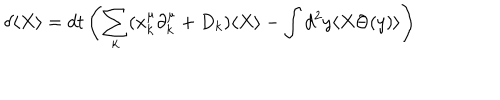
\delta \langle X \rangle = d t \left( \sum _ { k } ( x _ { k } ^ { \mu } \partial _ { k } ^ { \mu } + D _ { k } ) \langle X \rangle - \int d ^ { 2 } y \langle X \Theta ( y ) \rangle \right)